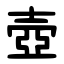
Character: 壺